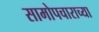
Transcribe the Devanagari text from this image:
सामोपचाराच्या